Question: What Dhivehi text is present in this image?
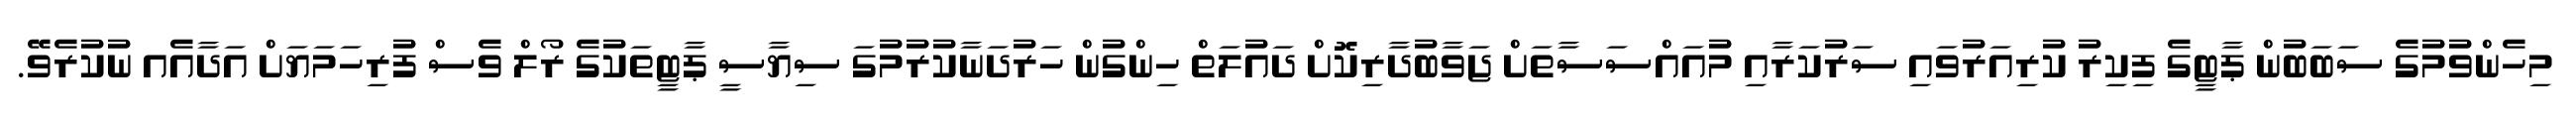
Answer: މިހެންވުމުގެ ސަބަބުން ޕާޓީގެ ފިކިރު ކުރިއަރުވައި ސަރުކަރާއި މުއައްސަސާތަށް ޖަވާބުދާރިކޮށް ދައުލަތް ހިންގުން ހަރުދަނާކުރުމުގަ ސިޔާސީ ޕާޓީތަކުގެ ރޯލް ވެސް ފުރިހަމަޔަށް އަދާއެއ ނުކުރެވޭ.